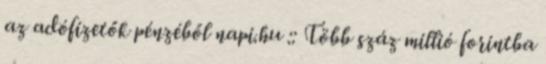
az adófizetők pénzéből napi.hu :: Több száz millió forintba